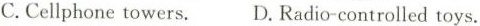
C.Cellphone towers. D.Radio-controlled toys.